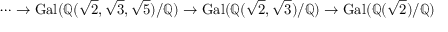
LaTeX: \cdots \to \operatorname { G a l } ( \mathbb { Q } ( { \sqrt { 2 } } , { \sqrt { 3 } } , { \sqrt { 5 } } ) / \mathbb { Q } ) \to \operatorname { G a l } ( \mathbb { Q } ( { \sqrt { 2 } } , { \sqrt { 3 } } ) / \mathbb { Q } ) \to \operatorname { G a l } ( \mathbb { Q } ( { \sqrt { 2 } } ) / \mathbb { Q } )